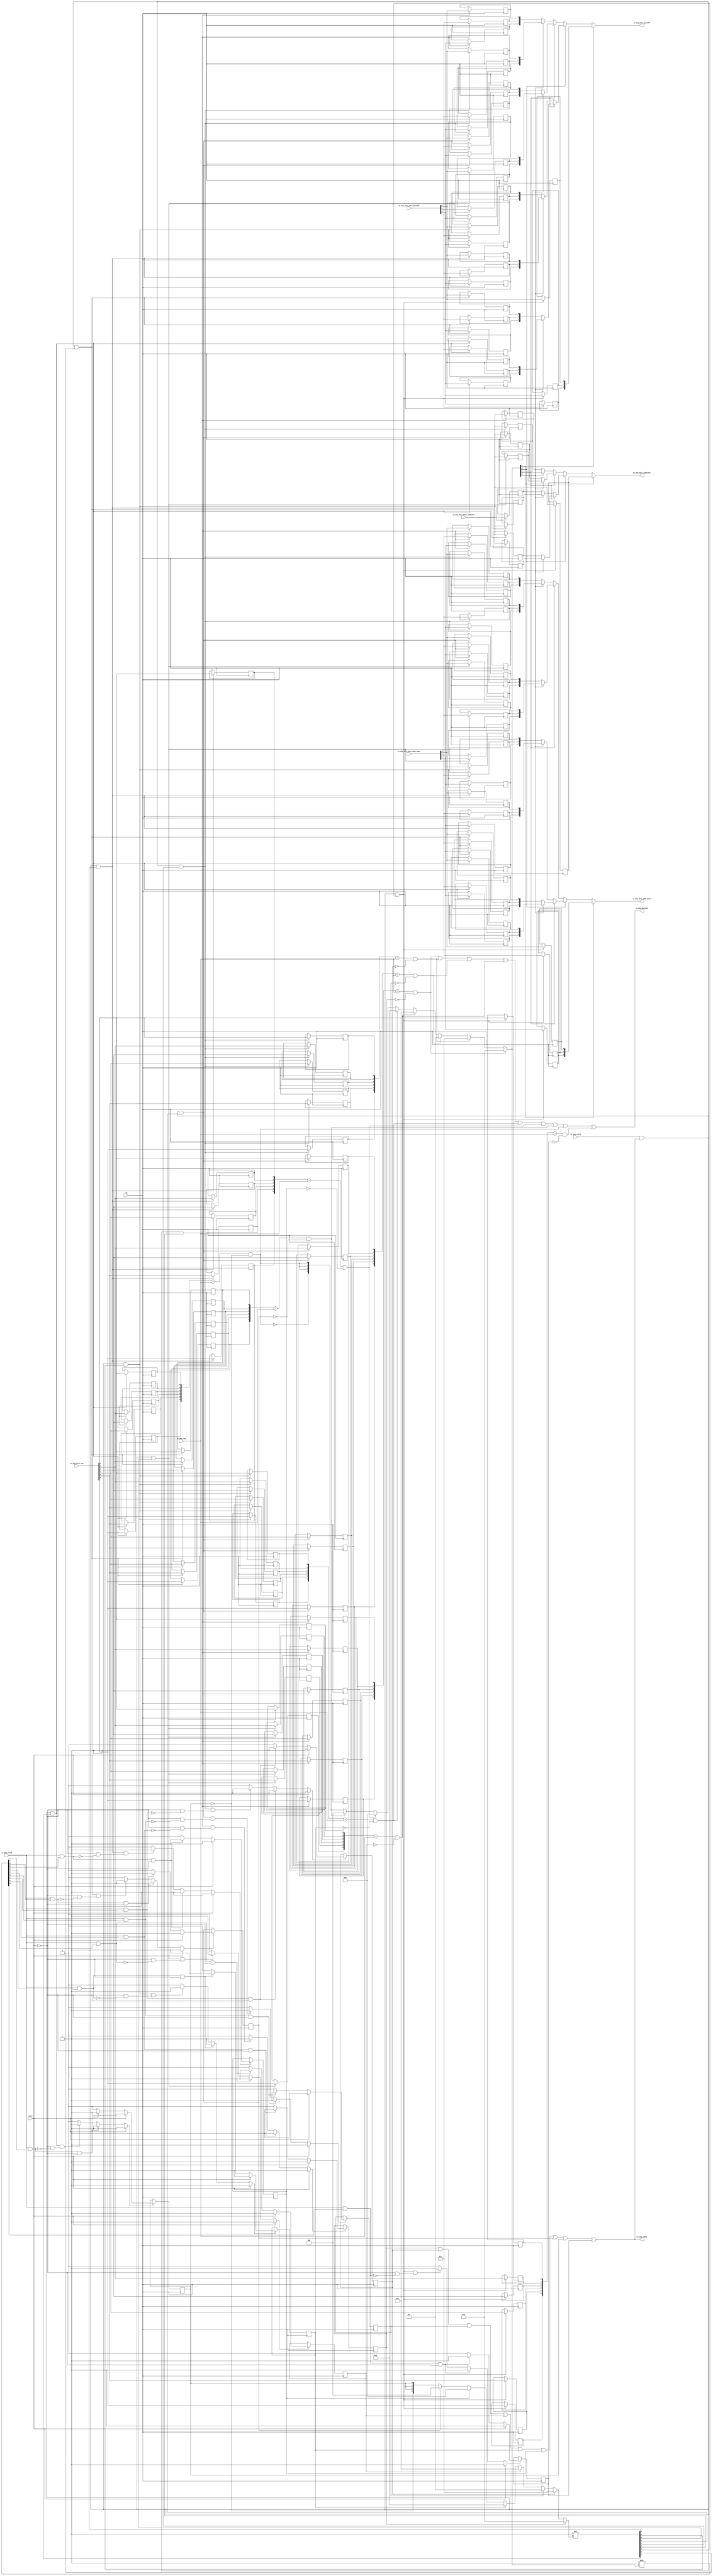
// This program was cloned from: https://github.com/NYU-MLDA/OpenABC
// License: BSD 3-Clause "New" or "Revised" License

module ReorderQueue_1
(
  clk,
  reset,
  io_enq_ready,
  io_enq_valid,
  io_enq_bits_data_addr_beat,
  io_enq_bits_data_byteOff,
  io_enq_bits_data_subblock,
  io_enq_bits_tag,
  io_deq_valid,
  io_deq_tag,
  io_deq_data_addr_beat,
  io_deq_data_byteOff,
  io_deq_data_subblock,
  io_deq_matches
);

  input [2:0] io_enq_bits_data_addr_beat;
  input [2:0] io_enq_bits_data_byteOff;
  input [5:0] io_enq_bits_tag;
  input [5:0] io_deq_tag;
  output [2:0] io_deq_data_addr_beat;
  output [2:0] io_deq_data_byteOff;
  input clk;
  input reset;
  input io_enq_valid;
  input io_enq_bits_data_subblock;
  input io_deq_valid;
  output io_enq_ready;
  output io_deq_data_subblock;
  output io_deq_matches;
  wire [2:0] io_deq_data_addr_beat,io_deq_data_byteOff,T175,T190,T176,T183,T177,T197,T191,
  T209,T224,T210,T217,T211,T231,T225;
  wire io_enq_ready,io_deq_data_subblock,io_deq_matches,N0,N1,N2,N3,N4,N5,N6,N7,N8,N9,
  N10,N11,N12,N13,N14,N15,N16,N17,N18,N19,N20,N21,N22,N23,N24,N25,N26,N27,N28,N29,
  N30,N31,N32,N33,N34,N35,N36,T121,roq_matches_8,T117,T1,T115,T4,T114,N37,N38,N39,
  N40,N41,N42,N43,N44,T19,T17,roq_matches_0,N45,roq_matches_1,N46,roq_matches_2,
  N47,roq_matches_3,N48,roq_matches_4,N49,roq_matches_5,N50,roq_matches_6,N51,
  roq_matches_7,N52,T31,T30,T33,T38,T37,T40,T43,T42,T45,T48,T47,T50,T53,T52,T55,T58,T57,
  T60,T63,T62,T65,T68,T67,T70,T76,T74,T82,T80,T88,T86,T94,T92,T100,T98,T106,T104,
  T112,T110,T119,T122,T123,T124,T125,T126,T127,N53,T129,N54,T151,T130,N55,T142,T131,
  N56,T133,T138,T144,T147,T160,T152,T154,T157,T162,T165,T171,T179,T181,T185,T187,
  T193,T195,T199,T201,T206,T213,T215,T219,T221,T227,T229,T233,T235,T240,T243,T244,
  T245,T246,T247,T248,T249,N57,N58,N59,N60,N61,N62,N63,N64,N65,N66,N67,N68,N69,N70,
  N71,N72,N73,N74,N75,N76,N77,N78,N79,N80,N81,N82,N83,N84,N85,N86,N87,N88,N89,N90,
  N91,N92,N93,N94,N95,N96,N97,N98,N99,N100,N101,N102,N103,N104,N105,N106,N107,
  N108,N109,N110,N111,N112,N113,N114,N115,N116,N117,N118,N119,N120,N121,N122,N123,
  N124,N125,N126,N127,N128,N129,N130,N131,N132,N133,N134,N135,N136,N137,N138;
  wire [8:0] T6,T21,T35,T135;
  wire [3:0] T7,T8,T9,T10,T11,T12,T13,T22,T23,T24,T25,T26,T27,T28;
  wire [3:2] T14,T29;
  reg roq_free_8,roq_free_7,roq_free_6,roq_free_5,roq_free_4,roq_free_3,roq_free_2,
  roq_free_1,roq_free_0,roq_data_0_subblock,roq_data_1_subblock,roq_data_2_subblock,
  roq_data_3_subblock,roq_data_4_subblock,roq_data_5_subblock,roq_data_6_subblock,
  roq_data_7_subblock,roq_data_8_subblock;
  reg [5:0] roq_tags_7,roq_tags_6,roq_tags_5,roq_tags_4,roq_tags_3,roq_tags_2,roq_tags_1,
  roq_tags_0,roq_tags_8;
  reg [2:0] roq_data_0_byteOff,roq_data_1_byteOff,roq_data_2_byteOff,roq_data_3_byteOff,
  roq_data_4_byteOff,roq_data_5_byteOff,roq_data_6_byteOff,roq_data_7_byteOff,
  roq_data_8_byteOff,roq_data_0_addr_beat,roq_data_1_addr_beat,roq_data_2_addr_beat,
  roq_data_3_addr_beat,roq_data_4_addr_beat,roq_data_5_addr_beat,roq_data_6_addr_beat,
  roq_data_7_addr_beat,roq_data_8_addr_beat;
  assign T31 = roq_tags_7 == io_deq_tag;
  assign T38 = roq_tags_6 == io_deq_tag;
  assign T43 = roq_tags_5 == io_deq_tag;
  assign T48 = roq_tags_4 == io_deq_tag;
  assign T53 = roq_tags_3 == io_deq_tag;
  assign T58 = roq_tags_2 == io_deq_tag;
  assign T63 = roq_tags_1 == io_deq_tag;
  assign T68 = roq_tags_0 == io_deq_tag;
  assign T117 = roq_tags_8 == io_deq_tag;

  always @(posedge clk) begin
    if(N60) begin
      roq_free_8 <= N61;
    end 
  end


  always @(posedge clk) begin
    if(N65) begin
      roq_free_7 <= N66;
    end 
  end


  always @(posedge clk) begin
    if(T33) begin
      roq_tags_7[5] <= io_enq_bits_tag[5];
    end 
  end


  always @(posedge clk) begin
    if(T33) begin
      roq_tags_7[4] <= io_enq_bits_tag[4];
    end 
  end


  always @(posedge clk) begin
    if(T33) begin
      roq_tags_7[3] <= io_enq_bits_tag[3];
    end 
  end


  always @(posedge clk) begin
    if(T33) begin
      roq_tags_7[2] <= io_enq_bits_tag[2];
    end 
  end


  always @(posedge clk) begin
    if(T33) begin
      roq_tags_7[1] <= io_enq_bits_tag[1];
    end 
  end


  always @(posedge clk) begin
    if(T33) begin
      roq_tags_7[0] <= io_enq_bits_tag[0];
    end 
  end


  always @(posedge clk) begin
    if(T40) begin
      roq_tags_6[5] <= io_enq_bits_tag[5];
    end 
  end


  always @(posedge clk) begin
    if(T40) begin
      roq_tags_6[4] <= io_enq_bits_tag[4];
    end 
  end


  always @(posedge clk) begin
    if(T40) begin
      roq_tags_6[3] <= io_enq_bits_tag[3];
    end 
  end


  always @(posedge clk) begin
    if(T40) begin
      roq_tags_6[2] <= io_enq_bits_tag[2];
    end 
  end


  always @(posedge clk) begin
    if(T40) begin
      roq_tags_6[1] <= io_enq_bits_tag[1];
    end 
  end


  always @(posedge clk) begin
    if(T40) begin
      roq_tags_6[0] <= io_enq_bits_tag[0];
    end 
  end


  always @(posedge clk) begin
    if(T45) begin
      roq_tags_5[5] <= io_enq_bits_tag[5];
    end 
  end


  always @(posedge clk) begin
    if(T45) begin
      roq_tags_5[4] <= io_enq_bits_tag[4];
    end 
  end


  always @(posedge clk) begin
    if(T45) begin
      roq_tags_5[3] <= io_enq_bits_tag[3];
    end 
  end


  always @(posedge clk) begin
    if(T45) begin
      roq_tags_5[2] <= io_enq_bits_tag[2];
    end 
  end


  always @(posedge clk) begin
    if(T45) begin
      roq_tags_5[1] <= io_enq_bits_tag[1];
    end 
  end


  always @(posedge clk) begin
    if(T45) begin
      roq_tags_5[0] <= io_enq_bits_tag[0];
    end 
  end


  always @(posedge clk) begin
    if(T50) begin
      roq_tags_4[5] <= io_enq_bits_tag[5];
    end 
  end


  always @(posedge clk) begin
    if(T50) begin
      roq_tags_4[4] <= io_enq_bits_tag[4];
    end 
  end


  always @(posedge clk) begin
    if(T50) begin
      roq_tags_4[3] <= io_enq_bits_tag[3];
    end 
  end


  always @(posedge clk) begin
    if(T50) begin
      roq_tags_4[2] <= io_enq_bits_tag[2];
    end 
  end


  always @(posedge clk) begin
    if(T50) begin
      roq_tags_4[1] <= io_enq_bits_tag[1];
    end 
  end


  always @(posedge clk) begin
    if(T50) begin
      roq_tags_4[0] <= io_enq_bits_tag[0];
    end 
  end


  always @(posedge clk) begin
    if(T55) begin
      roq_tags_3[5] <= io_enq_bits_tag[5];
    end 
  end


  always @(posedge clk) begin
    if(T55) begin
      roq_tags_3[4] <= io_enq_bits_tag[4];
    end 
  end


  always @(posedge clk) begin
    if(T55) begin
      roq_tags_3[3] <= io_enq_bits_tag[3];
    end 
  end


  always @(posedge clk) begin
    if(T55) begin
      roq_tags_3[2] <= io_enq_bits_tag[2];
    end 
  end


  always @(posedge clk) begin
    if(T55) begin
      roq_tags_3[1] <= io_enq_bits_tag[1];
    end 
  end


  always @(posedge clk) begin
    if(T55) begin
      roq_tags_3[0] <= io_enq_bits_tag[0];
    end 
  end


  always @(posedge clk) begin
    if(T60) begin
      roq_tags_2[5] <= io_enq_bits_tag[5];
    end 
  end


  always @(posedge clk) begin
    if(T60) begin
      roq_tags_2[4] <= io_enq_bits_tag[4];
    end 
  end


  always @(posedge clk) begin
    if(T60) begin
      roq_tags_2[3] <= io_enq_bits_tag[3];
    end 
  end


  always @(posedge clk) begin
    if(T60) begin
      roq_tags_2[2] <= io_enq_bits_tag[2];
    end 
  end


  always @(posedge clk) begin
    if(T60) begin
      roq_tags_2[1] <= io_enq_bits_tag[1];
    end 
  end


  always @(posedge clk) begin
    if(T60) begin
      roq_tags_2[0] <= io_enq_bits_tag[0];
    end 
  end


  always @(posedge clk) begin
    if(T65) begin
      roq_tags_1[5] <= io_enq_bits_tag[5];
    end 
  end


  always @(posedge clk) begin
    if(T65) begin
      roq_tags_1[4] <= io_enq_bits_tag[4];
    end 
  end


  always @(posedge clk) begin
    if(T65) begin
      roq_tags_1[3] <= io_enq_bits_tag[3];
    end 
  end


  always @(posedge clk) begin
    if(T65) begin
      roq_tags_1[2] <= io_enq_bits_tag[2];
    end 
  end


  always @(posedge clk) begin
    if(T65) begin
      roq_tags_1[1] <= io_enq_bits_tag[1];
    end 
  end


  always @(posedge clk) begin
    if(T65) begin
      roq_tags_1[0] <= io_enq_bits_tag[0];
    end 
  end


  always @(posedge clk) begin
    if(T70) begin
      roq_tags_0[5] <= io_enq_bits_tag[5];
    end 
  end


  always @(posedge clk) begin
    if(T70) begin
      roq_tags_0[4] <= io_enq_bits_tag[4];
    end 
  end


  always @(posedge clk) begin
    if(T70) begin
      roq_tags_0[3] <= io_enq_bits_tag[3];
    end 
  end


  always @(posedge clk) begin
    if(T70) begin
      roq_tags_0[2] <= io_enq_bits_tag[2];
    end 
  end


  always @(posedge clk) begin
    if(T70) begin
      roq_tags_0[1] <= io_enq_bits_tag[1];
    end 
  end


  always @(posedge clk) begin
    if(T70) begin
      roq_tags_0[0] <= io_enq_bits_tag[0];
    end 
  end


  always @(posedge clk) begin
    if(N70) begin
      roq_free_6 <= N71;
    end 
  end


  always @(posedge clk) begin
    if(N75) begin
      roq_free_5 <= N76;
    end 
  end


  always @(posedge clk) begin
    if(N80) begin
      roq_free_4 <= N81;
    end 
  end


  always @(posedge clk) begin
    if(N85) begin
      roq_free_3 <= N86;
    end 
  end


  always @(posedge clk) begin
    if(N90) begin
      roq_free_2 <= N91;
    end 
  end


  always @(posedge clk) begin
    if(N95) begin
      roq_free_1 <= N96;
    end 
  end


  always @(posedge clk) begin
    if(N100) begin
      roq_free_0 <= N101;
    end 
  end


  always @(posedge clk) begin
    if(T119) begin
      roq_tags_8[5] <= io_enq_bits_tag[5];
    end 
  end


  always @(posedge clk) begin
    if(T119) begin
      roq_tags_8[4] <= io_enq_bits_tag[4];
    end 
  end


  always @(posedge clk) begin
    if(T119) begin
      roq_tags_8[3] <= io_enq_bits_tag[3];
    end 
  end


  always @(posedge clk) begin
    if(T119) begin
      roq_tags_8[2] <= io_enq_bits_tag[2];
    end 
  end


  always @(posedge clk) begin
    if(T119) begin
      roq_tags_8[1] <= io_enq_bits_tag[1];
    end 
  end


  always @(posedge clk) begin
    if(T119) begin
      roq_tags_8[0] <= io_enq_bits_tag[0];
    end 
  end


  always @(posedge clk) begin
    if(T133) begin
      roq_data_0_subblock <= io_enq_bits_data_subblock;
    end 
  end


  always @(posedge clk) begin
    if(T138) begin
      roq_data_1_subblock <= io_enq_bits_data_subblock;
    end 
  end


  always @(posedge clk) begin
    if(T144) begin
      roq_data_2_subblock <= io_enq_bits_data_subblock;
    end 
  end


  always @(posedge clk) begin
    if(T147) begin
      roq_data_3_subblock <= io_enq_bits_data_subblock;
    end 
  end


  always @(posedge clk) begin
    if(T154) begin
      roq_data_4_subblock <= io_enq_bits_data_subblock;
    end 
  end


  always @(posedge clk) begin
    if(T157) begin
      roq_data_5_subblock <= io_enq_bits_data_subblock;
    end 
  end


  always @(posedge clk) begin
    if(T162) begin
      roq_data_6_subblock <= io_enq_bits_data_subblock;
    end 
  end


  always @(posedge clk) begin
    if(T165) begin
      roq_data_7_subblock <= io_enq_bits_data_subblock;
    end 
  end


  always @(posedge clk) begin
    if(T171) begin
      roq_data_8_subblock <= io_enq_bits_data_subblock;
    end 
  end


  always @(posedge clk) begin
    if(T179) begin
      roq_data_0_byteOff[2] <= io_enq_bits_data_byteOff[2];
    end 
  end


  always @(posedge clk) begin
    if(T179) begin
      roq_data_0_byteOff[1] <= io_enq_bits_data_byteOff[1];
    end 
  end


  always @(posedge clk) begin
    if(T179) begin
      roq_data_0_byteOff[0] <= io_enq_bits_data_byteOff[0];
    end 
  end


  always @(posedge clk) begin
    if(T181) begin
      roq_data_1_byteOff[2] <= io_enq_bits_data_byteOff[2];
    end 
  end


  always @(posedge clk) begin
    if(T181) begin
      roq_data_1_byteOff[1] <= io_enq_bits_data_byteOff[1];
    end 
  end


  always @(posedge clk) begin
    if(T181) begin
      roq_data_1_byteOff[0] <= io_enq_bits_data_byteOff[0];
    end 
  end


  always @(posedge clk) begin
    if(T185) begin
      roq_data_2_byteOff[2] <= io_enq_bits_data_byteOff[2];
    end 
  end


  always @(posedge clk) begin
    if(T185) begin
      roq_data_2_byteOff[1] <= io_enq_bits_data_byteOff[1];
    end 
  end


  always @(posedge clk) begin
    if(T185) begin
      roq_data_2_byteOff[0] <= io_enq_bits_data_byteOff[0];
    end 
  end


  always @(posedge clk) begin
    if(T187) begin
      roq_data_3_byteOff[2] <= io_enq_bits_data_byteOff[2];
    end 
  end


  always @(posedge clk) begin
    if(T187) begin
      roq_data_3_byteOff[1] <= io_enq_bits_data_byteOff[1];
    end 
  end


  always @(posedge clk) begin
    if(T187) begin
      roq_data_3_byteOff[0] <= io_enq_bits_data_byteOff[0];
    end 
  end


  always @(posedge clk) begin
    if(T193) begin
      roq_data_4_byteOff[2] <= io_enq_bits_data_byteOff[2];
    end 
  end


  always @(posedge clk) begin
    if(T193) begin
      roq_data_4_byteOff[1] <= io_enq_bits_data_byteOff[1];
    end 
  end


  always @(posedge clk) begin
    if(T193) begin
      roq_data_4_byteOff[0] <= io_enq_bits_data_byteOff[0];
    end 
  end


  always @(posedge clk) begin
    if(T195) begin
      roq_data_5_byteOff[2] <= io_enq_bits_data_byteOff[2];
    end 
  end


  always @(posedge clk) begin
    if(T195) begin
      roq_data_5_byteOff[1] <= io_enq_bits_data_byteOff[1];
    end 
  end


  always @(posedge clk) begin
    if(T195) begin
      roq_data_5_byteOff[0] <= io_enq_bits_data_byteOff[0];
    end 
  end


  always @(posedge clk) begin
    if(T199) begin
      roq_data_6_byteOff[2] <= io_enq_bits_data_byteOff[2];
    end 
  end


  always @(posedge clk) begin
    if(T199) begin
      roq_data_6_byteOff[1] <= io_enq_bits_data_byteOff[1];
    end 
  end


  always @(posedge clk) begin
    if(T199) begin
      roq_data_6_byteOff[0] <= io_enq_bits_data_byteOff[0];
    end 
  end


  always @(posedge clk) begin
    if(T201) begin
      roq_data_7_byteOff[2] <= io_enq_bits_data_byteOff[2];
    end 
  end


  always @(posedge clk) begin
    if(T201) begin
      roq_data_7_byteOff[1] <= io_enq_bits_data_byteOff[1];
    end 
  end


  always @(posedge clk) begin
    if(T201) begin
      roq_data_7_byteOff[0] <= io_enq_bits_data_byteOff[0];
    end 
  end


  always @(posedge clk) begin
    if(T206) begin
      roq_data_8_byteOff[2] <= io_enq_bits_data_byteOff[2];
    end 
  end


  always @(posedge clk) begin
    if(T206) begin
      roq_data_8_byteOff[1] <= io_enq_bits_data_byteOff[1];
    end 
  end


  always @(posedge clk) begin
    if(T206) begin
      roq_data_8_byteOff[0] <= io_enq_bits_data_byteOff[0];
    end 
  end


  always @(posedge clk) begin
    if(T213) begin
      roq_data_0_addr_beat[2] <= io_enq_bits_data_addr_beat[2];
    end 
  end


  always @(posedge clk) begin
    if(T213) begin
      roq_data_0_addr_beat[1] <= io_enq_bits_data_addr_beat[1];
    end 
  end


  always @(posedge clk) begin
    if(T213) begin
      roq_data_0_addr_beat[0] <= io_enq_bits_data_addr_beat[0];
    end 
  end


  always @(posedge clk) begin
    if(T215) begin
      roq_data_1_addr_beat[2] <= io_enq_bits_data_addr_beat[2];
    end 
  end


  always @(posedge clk) begin
    if(T215) begin
      roq_data_1_addr_beat[1] <= io_enq_bits_data_addr_beat[1];
    end 
  end


  always @(posedge clk) begin
    if(T215) begin
      roq_data_1_addr_beat[0] <= io_enq_bits_data_addr_beat[0];
    end 
  end


  always @(posedge clk) begin
    if(T219) begin
      roq_data_2_addr_beat[2] <= io_enq_bits_data_addr_beat[2];
    end 
  end


  always @(posedge clk) begin
    if(T219) begin
      roq_data_2_addr_beat[1] <= io_enq_bits_data_addr_beat[1];
    end 
  end


  always @(posedge clk) begin
    if(T219) begin
      roq_data_2_addr_beat[0] <= io_enq_bits_data_addr_beat[0];
    end 
  end


  always @(posedge clk) begin
    if(T221) begin
      roq_data_3_addr_beat[2] <= io_enq_bits_data_addr_beat[2];
    end 
  end


  always @(posedge clk) begin
    if(T221) begin
      roq_data_3_addr_beat[1] <= io_enq_bits_data_addr_beat[1];
    end 
  end


  always @(posedge clk) begin
    if(T221) begin
      roq_data_3_addr_beat[0] <= io_enq_bits_data_addr_beat[0];
    end 
  end


  always @(posedge clk) begin
    if(T227) begin
      roq_data_4_addr_beat[2] <= io_enq_bits_data_addr_beat[2];
    end 
  end


  always @(posedge clk) begin
    if(T227) begin
      roq_data_4_addr_beat[1] <= io_enq_bits_data_addr_beat[1];
    end 
  end


  always @(posedge clk) begin
    if(T227) begin
      roq_data_4_addr_beat[0] <= io_enq_bits_data_addr_beat[0];
    end 
  end


  always @(posedge clk) begin
    if(T229) begin
      roq_data_5_addr_beat[2] <= io_enq_bits_data_addr_beat[2];
    end 
  end


  always @(posedge clk) begin
    if(T229) begin
      roq_data_5_addr_beat[1] <= io_enq_bits_data_addr_beat[1];
    end 
  end


  always @(posedge clk) begin
    if(T229) begin
      roq_data_5_addr_beat[0] <= io_enq_bits_data_addr_beat[0];
    end 
  end


  always @(posedge clk) begin
    if(T233) begin
      roq_data_6_addr_beat[2] <= io_enq_bits_data_addr_beat[2];
    end 
  end


  always @(posedge clk) begin
    if(T233) begin
      roq_data_6_addr_beat[1] <= io_enq_bits_data_addr_beat[1];
    end 
  end


  always @(posedge clk) begin
    if(T233) begin
      roq_data_6_addr_beat[0] <= io_enq_bits_data_addr_beat[0];
    end 
  end


  always @(posedge clk) begin
    if(T235) begin
      roq_data_7_addr_beat[2] <= io_enq_bits_data_addr_beat[2];
    end 
  end


  always @(posedge clk) begin
    if(T235) begin
      roq_data_7_addr_beat[1] <= io_enq_bits_data_addr_beat[1];
    end 
  end


  always @(posedge clk) begin
    if(T235) begin
      roq_data_7_addr_beat[0] <= io_enq_bits_data_addr_beat[0];
    end 
  end


  always @(posedge clk) begin
    if(T240) begin
      roq_data_8_addr_beat[2] <= io_enq_bits_data_addr_beat[2];
    end 
  end


  always @(posedge clk) begin
    if(T240) begin
      roq_data_8_addr_beat[1] <= io_enq_bits_data_addr_beat[1];
    end 
  end


  always @(posedge clk) begin
    if(T240) begin
      roq_data_8_addr_beat[0] <= io_enq_bits_data_addr_beat[0];
    end 
  end

  assign T35 = { 1'b0, 1'b0, 1'b0, 1'b0, 1'b0, 1'b0, 1'b0, 1'b0, 1'b1 } << T7;
  assign T135 = { 1'b0, 1'b0, 1'b0, 1'b0, 1'b0, 1'b0, 1'b0, 1'b0, 1'b1 } << T7;
  assign T6 = { 1'b0, 1'b0, 1'b0, 1'b0, 1'b0, 1'b0, 1'b0, 1'b0, 1'b1 } << T7;
  assign T21 = { 1'b0, 1'b0, 1'b0, 1'b0, 1'b0, 1'b0, 1'b0, 1'b0, 1'b1 } << T22;
  assign T7 = (N0)? { 1'b0, 1'b0, 1'b0, 1'b0 } : 
              (N1)? T8 : 1'b0;
  assign N0 = roq_free_0;
  assign N1 = N37;
  assign T8 = (N2)? { 1'b0, 1'b0, 1'b0, 1'b1 } : 
              (N3)? T9 : 1'b0;
  assign N2 = roq_free_1;
  assign N3 = N38;
  assign T9 = (N4)? { 1'b0, 1'b0, 1'b1, 1'b0 } : 
              (N5)? T10 : 1'b0;
  assign N4 = roq_free_2;
  assign N5 = N39;
  assign T10 = (N6)? { 1'b0, 1'b0, 1'b1, 1'b1 } : 
               (N7)? T11 : 1'b0;
  assign N6 = roq_free_3;
  assign N7 = N40;
  assign T11 = (N8)? { 1'b0, 1'b1, 1'b0, 1'b0 } : 
               (N9)? T12 : 1'b0;
  assign N8 = roq_free_4;
  assign N9 = N41;
  assign T12 = (N10)? { 1'b0, 1'b1, 1'b0, 1'b1 } : 
               (N11)? T13 : 1'b0;
  assign N10 = roq_free_5;
  assign N11 = N42;
  assign T13 = (N12)? { 1'b0, 1'b1, 1'b1, 1'b0 } : 
               (N13)? { T14, T14[2:2], T14[2:2] } : 1'b0;
  assign N12 = roq_free_6;
  assign N13 = N43;
  assign T22 = (N14)? { 1'b0, 1'b0, 1'b0, 1'b0 } : 
               (N15)? T23 : 1'b0;
  assign N14 = roq_matches_0;
  assign N15 = N45;
  assign T23 = (N16)? { 1'b0, 1'b0, 1'b0, 1'b1 } : 
               (N17)? T24 : 1'b0;
  assign N16 = roq_matches_1;
  assign N17 = N46;
  assign T24 = (N18)? { 1'b0, 1'b0, 1'b1, 1'b0 } : 
               (N19)? T25 : 1'b0;
  assign N18 = roq_matches_2;
  assign N19 = N47;
  assign T25 = (N20)? { 1'b0, 1'b0, 1'b1, 1'b1 } : 
               (N21)? T26 : 1'b0;
  assign N20 = roq_matches_3;
  assign N21 = N48;
  assign T26 = (N22)? { 1'b0, 1'b1, 1'b0, 1'b0 } : 
               (N23)? T27 : 1'b0;
  assign N22 = roq_matches_4;
  assign N23 = N49;
  assign T27 = (N24)? { 1'b0, 1'b1, 1'b0, 1'b1 } : 
               (N25)? T28 : 1'b0;
  assign N24 = roq_matches_5;
  assign N25 = N50;
  assign T28 = (N26)? { 1'b0, 1'b1, 1'b1, 1'b0 } : 
               (N27)? { T29, T29[2:2], T29[2:2] } : 1'b0;
  assign N26 = roq_matches_6;
  assign N27 = N51;
  assign io_deq_data_subblock = (N28)? roq_data_8_subblock : 
                                (N29)? T129 : 1'b0;
  assign N28 = T22[3];
  assign N29 = N53;
  assign T129 = (N30)? T151 : 
                (N31)? T130 : 1'b0;
  assign N30 = T22[2];
  assign N31 = N54;
  assign T130 = (N32)? T142 : 
                (N33)? T131 : 1'b0;
  assign N32 = T22[1];
  assign N33 = N55;
  assign T131 = (N34)? roq_data_1_subblock : 
                (N35)? roq_data_0_subblock : 1'b0;
  assign N34 = T22[0];
  assign N35 = N56;
  assign T142 = (N34)? roq_data_3_subblock : 
                (N35)? roq_data_2_subblock : 1'b0;
  assign T151 = (N32)? T160 : 
                (N33)? T152 : 1'b0;
  assign T152 = (N34)? roq_data_5_subblock : 
                (N35)? roq_data_4_subblock : 1'b0;
  assign T160 = (N34)? roq_data_7_subblock : 
                (N35)? roq_data_6_subblock : 1'b0;
  assign io_deq_data_byteOff = (N28)? roq_data_8_byteOff : 
                               (N29)? T175 : 1'b0;
  assign T175 = (N30)? T190 : 
                (N31)? T176 : 1'b0;
  assign T176 = (N32)? T183 : 
                (N33)? T177 : 1'b0;
  assign T177 = (N34)? roq_data_1_byteOff : 
                (N35)? roq_data_0_byteOff : 1'b0;
  assign T183 = (N34)? roq_data_3_byteOff : 
                (N35)? roq_data_2_byteOff : 1'b0;
  assign T190 = (N32)? T197 : 
                (N33)? T191 : 1'b0;
  assign T191 = (N34)? roq_data_5_byteOff : 
                (N35)? roq_data_4_byteOff : 1'b0;
  assign T197 = (N34)? roq_data_7_byteOff : 
                (N35)? roq_data_6_byteOff : 1'b0;
  assign io_deq_data_addr_beat = (N28)? roq_data_8_addr_beat : 
                                 (N29)? T209 : 1'b0;
  assign T209 = (N30)? T224 : 
                (N31)? T210 : 1'b0;
  assign T210 = (N32)? T217 : 
                (N33)? T211 : 1'b0;
  assign T211 = (N34)? roq_data_1_addr_beat : 
                (N35)? roq_data_0_addr_beat : 1'b0;
  assign T217 = (N34)? roq_data_3_addr_beat : 
                (N35)? roq_data_2_addr_beat : 1'b0;
  assign T224 = (N32)? T231 : 
                (N33)? T225 : 1'b0;
  assign T225 = (N34)? roq_data_5_addr_beat : 
                (N35)? roq_data_4_addr_beat : 1'b0;
  assign T231 = (N34)? roq_data_7_addr_beat : 
                (N35)? roq_data_6_addr_beat : 1'b0;
  assign N60 = (N36)? 1'b1 : 
               (N103)? 1'b1 : 
               (N106)? 1'b1 : 
               (N59)? 1'b0 : 1'b0;
  assign N36 = reset;
  assign N61 = (N36)? 1'b1 : 
               (N103)? 1'b1 : 
               (N106)? 1'b0 : 1'b0;
  assign N65 = (N36)? 1'b1 : 
               (N107)? 1'b1 : 
               (N110)? 1'b1 : 
               (N64)? 1'b0 : 1'b0;
  assign N66 = (N36)? 1'b1 : 
               (N107)? 1'b1 : 
               (N110)? 1'b0 : 1'b0;
  assign N70 = (N36)? 1'b1 : 
               (N111)? 1'b1 : 
               (N114)? 1'b1 : 
               (N69)? 1'b0 : 1'b0;
  assign N71 = (N36)? 1'b1 : 
               (N111)? 1'b1 : 
               (N114)? 1'b0 : 1'b0;
  assign N75 = (N36)? 1'b1 : 
               (N115)? 1'b1 : 
               (N118)? 1'b1 : 
               (N74)? 1'b0 : 1'b0;
  assign N76 = (N36)? 1'b1 : 
               (N115)? 1'b1 : 
               (N118)? 1'b0 : 1'b0;
  assign N80 = (N36)? 1'b1 : 
               (N119)? 1'b1 : 
               (N122)? 1'b1 : 
               (N79)? 1'b0 : 1'b0;
  assign N81 = (N36)? 1'b1 : 
               (N119)? 1'b1 : 
               (N122)? 1'b0 : 1'b0;
  assign N85 = (N36)? 1'b1 : 
               (N123)? 1'b1 : 
               (N126)? 1'b1 : 
               (N84)? 1'b0 : 1'b0;
  assign N86 = (N36)? 1'b1 : 
               (N123)? 1'b1 : 
               (N126)? 1'b0 : 1'b0;
  assign N90 = (N36)? 1'b1 : 
               (N127)? 1'b1 : 
               (N130)? 1'b1 : 
               (N89)? 1'b0 : 1'b0;
  assign N91 = (N36)? 1'b1 : 
               (N127)? 1'b1 : 
               (N130)? 1'b0 : 1'b0;
  assign N95 = (N36)? 1'b1 : 
               (N131)? 1'b1 : 
               (N134)? 1'b1 : 
               (N94)? 1'b0 : 1'b0;
  assign N96 = (N36)? 1'b1 : 
               (N131)? 1'b1 : 
               (N134)? 1'b0 : 1'b0;
  assign N100 = (N36)? 1'b1 : 
                (N135)? 1'b1 : 
                (N138)? 1'b1 : 
                (N99)? 1'b0 : 1'b0;
  assign N101 = (N36)? 1'b1 : 
                (N135)? 1'b1 : 
                (N138)? 1'b0 : 1'b0;
  assign io_deq_matches = T121 | roq_matches_8;
  assign roq_matches_8 = T117 & T1;
  assign T1 = ~roq_free_8;
  assign T4 = T114 & T6[8];
  assign N37 = ~roq_free_0;
  assign N38 = ~roq_free_1;
  assign N39 = ~roq_free_2;
  assign N40 = ~roq_free_3;
  assign N41 = ~roq_free_4;
  assign N42 = ~roq_free_5;
  assign N43 = ~roq_free_6;
  assign N44 = ~roq_free_7;
  assign T14[2] = roq_free_7;
  assign T14[3] = N44;
  assign T17 = T114 & T6[7];
  assign T19 = io_deq_valid & T21[7];
  assign N45 = ~roq_matches_0;
  assign N46 = ~roq_matches_1;
  assign N47 = ~roq_matches_2;
  assign N48 = ~roq_matches_3;
  assign N49 = ~roq_matches_4;
  assign N50 = ~roq_matches_5;
  assign N51 = ~roq_matches_6;
  assign N52 = ~roq_matches_7;
  assign T29[2] = roq_matches_7;
  assign T29[3] = N52;
  assign roq_matches_7 = T31 & T30;
  assign T30 = ~roq_free_7;
  assign T33 = T114 & T35[7];
  assign roq_matches_6 = T38 & T37;
  assign T37 = ~roq_free_6;
  assign T40 = T114 & T35[6];
  assign roq_matches_5 = T43 & T42;
  assign T42 = ~roq_free_5;
  assign T45 = T114 & T35[5];
  assign roq_matches_4 = T48 & T47;
  assign T47 = ~roq_free_4;
  assign T50 = T114 & T35[4];
  assign roq_matches_3 = T53 & T52;
  assign T52 = ~roq_free_3;
  assign T55 = T114 & T35[3];
  assign roq_matches_2 = T58 & T57;
  assign T57 = ~roq_free_2;
  assign T60 = T114 & T35[2];
  assign roq_matches_1 = T63 & T62;
  assign T62 = ~roq_free_1;
  assign T65 = T114 & T35[1];
  assign roq_matches_0 = T68 & T67;
  assign T67 = ~roq_free_0;
  assign T70 = T114 & T35[0];
  assign T74 = T114 & T6[6];
  assign T76 = io_deq_valid & T21[6];
  assign T80 = T114 & T6[5];
  assign T82 = io_deq_valid & T21[5];
  assign T86 = T114 & T6[4];
  assign T88 = io_deq_valid & T21[4];
  assign T92 = T114 & T6[3];
  assign T94 = io_deq_valid & T21[3];
  assign T98 = T114 & T6[2];
  assign T100 = io_deq_valid & T21[2];
  assign T104 = T114 & T6[1];
  assign T106 = io_deq_valid & T21[1];
  assign T110 = T114 & T6[0];
  assign T112 = io_deq_valid & T21[0];
  assign T114 = io_enq_valid & io_enq_ready;
  assign T115 = io_deq_valid & T21[8];
  assign T119 = T114 & T35[8];
  assign T121 = T122 | roq_matches_7;
  assign T122 = T123 | roq_matches_6;
  assign T123 = T124 | roq_matches_5;
  assign T124 = T125 | roq_matches_4;
  assign T125 = T126 | roq_matches_3;
  assign T126 = T127 | roq_matches_2;
  assign T127 = roq_matches_0 | roq_matches_1;
  assign N53 = ~T22[3];
  assign N54 = ~T22[2];
  assign N55 = ~T22[1];
  assign N56 = ~T22[0];
  assign T133 = T114 & T135[0];
  assign T138 = T114 & T135[1];
  assign T144 = T114 & T135[2];
  assign T147 = T114 & T135[3];
  assign T154 = T114 & T135[4];
  assign T157 = T114 & T135[5];
  assign T162 = T114 & T135[6];
  assign T165 = T114 & T135[7];
  assign T171 = T114 & T135[8];
  assign T179 = T114 & T135[0];
  assign T181 = T114 & T135[1];
  assign T185 = T114 & T135[2];
  assign T187 = T114 & T135[3];
  assign T193 = T114 & T135[4];
  assign T195 = T114 & T135[5];
  assign T199 = T114 & T135[6];
  assign T201 = T114 & T135[7];
  assign T206 = T114 & T135[8];
  assign T213 = T114 & T135[0];
  assign T215 = T114 & T135[1];
  assign T219 = T114 & T135[2];
  assign T221 = T114 & T135[3];
  assign T227 = T114 & T135[4];
  assign T229 = T114 & T135[5];
  assign T233 = T114 & T135[6];
  assign T235 = T114 & T135[7];
  assign T240 = T114 & T135[8];
  assign io_enq_ready = T243 | roq_free_8;
  assign T243 = T244 | roq_free_7;
  assign T244 = T245 | roq_free_6;
  assign T245 = T246 | roq_free_5;
  assign T246 = T247 | roq_free_4;
  assign T247 = T248 | roq_free_3;
  assign T248 = T249 | roq_free_2;
  assign T249 = roq_free_0 | roq_free_1;
  assign N57 = T115 | reset;
  assign N58 = T4 | N57;
  assign N59 = ~N58;
  assign N62 = T19 | reset;
  assign N63 = T17 | N62;
  assign N64 = ~N63;
  assign N67 = T76 | reset;
  assign N68 = T74 | N67;
  assign N69 = ~N68;
  assign N72 = T82 | reset;
  assign N73 = T80 | N72;
  assign N74 = ~N73;
  assign N77 = T88 | reset;
  assign N78 = T86 | N77;
  assign N79 = ~N78;
  assign N82 = T94 | reset;
  assign N83 = T92 | N82;
  assign N84 = ~N83;
  assign N87 = T100 | reset;
  assign N88 = T98 | N87;
  assign N89 = ~N88;
  assign N92 = T106 | reset;
  assign N93 = T104 | N92;
  assign N94 = ~N93;
  assign N97 = T112 | reset;
  assign N98 = T110 | N97;
  assign N99 = ~N98;
  assign N102 = ~reset;
  assign N103 = T115 & N102;
  assign N104 = ~T115;
  assign N105 = N102 & N104;
  assign N106 = T4 & N105;
  assign N107 = T19 & N102;
  assign N108 = ~T19;
  assign N109 = N102 & N108;
  assign N110 = T17 & N109;
  assign N111 = T76 & N102;
  assign N112 = ~T76;
  assign N113 = N102 & N112;
  assign N114 = T74 & N113;
  assign N115 = T82 & N102;
  assign N116 = ~T82;
  assign N117 = N102 & N116;
  assign N118 = T80 & N117;
  assign N119 = T88 & N102;
  assign N120 = ~T88;
  assign N121 = N102 & N120;
  assign N122 = T86 & N121;
  assign N123 = T94 & N102;
  assign N124 = ~T94;
  assign N125 = N102 & N124;
  assign N126 = T92 & N125;
  assign N127 = T100 & N102;
  assign N128 = ~T100;
  assign N129 = N102 & N128;
  assign N130 = T98 & N129;
  assign N131 = T106 & N102;
  assign N132 = ~T106;
  assign N133 = N102 & N132;
  assign N134 = T104 & N133;
  assign N135 = T112 & N102;
  assign N136 = ~T112;
  assign N137 = N102 & N136;
  assign N138 = T110 & N137;

endmodule